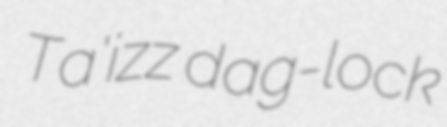
Ta'izz dag-lock